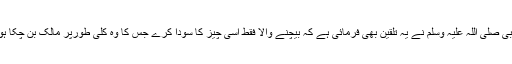
نبی صلی اللہ علیہ وسلم نے یہ تلقین بھی فرمائی ہے کہ بیچنے والا فقط اسی چیز کا سودا کرے جس کا وہ کلی طورپر مالک بن چکا ہو۔